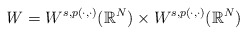
\begin{align*} \mathit{W}= W^{s,p(\cdot, \cdot)}(\mathbb{R}^{N})\times W^{s,p(\cdot, \cdot)}(\mathbb{R}^{N}) \end{align*}